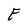
Character: E